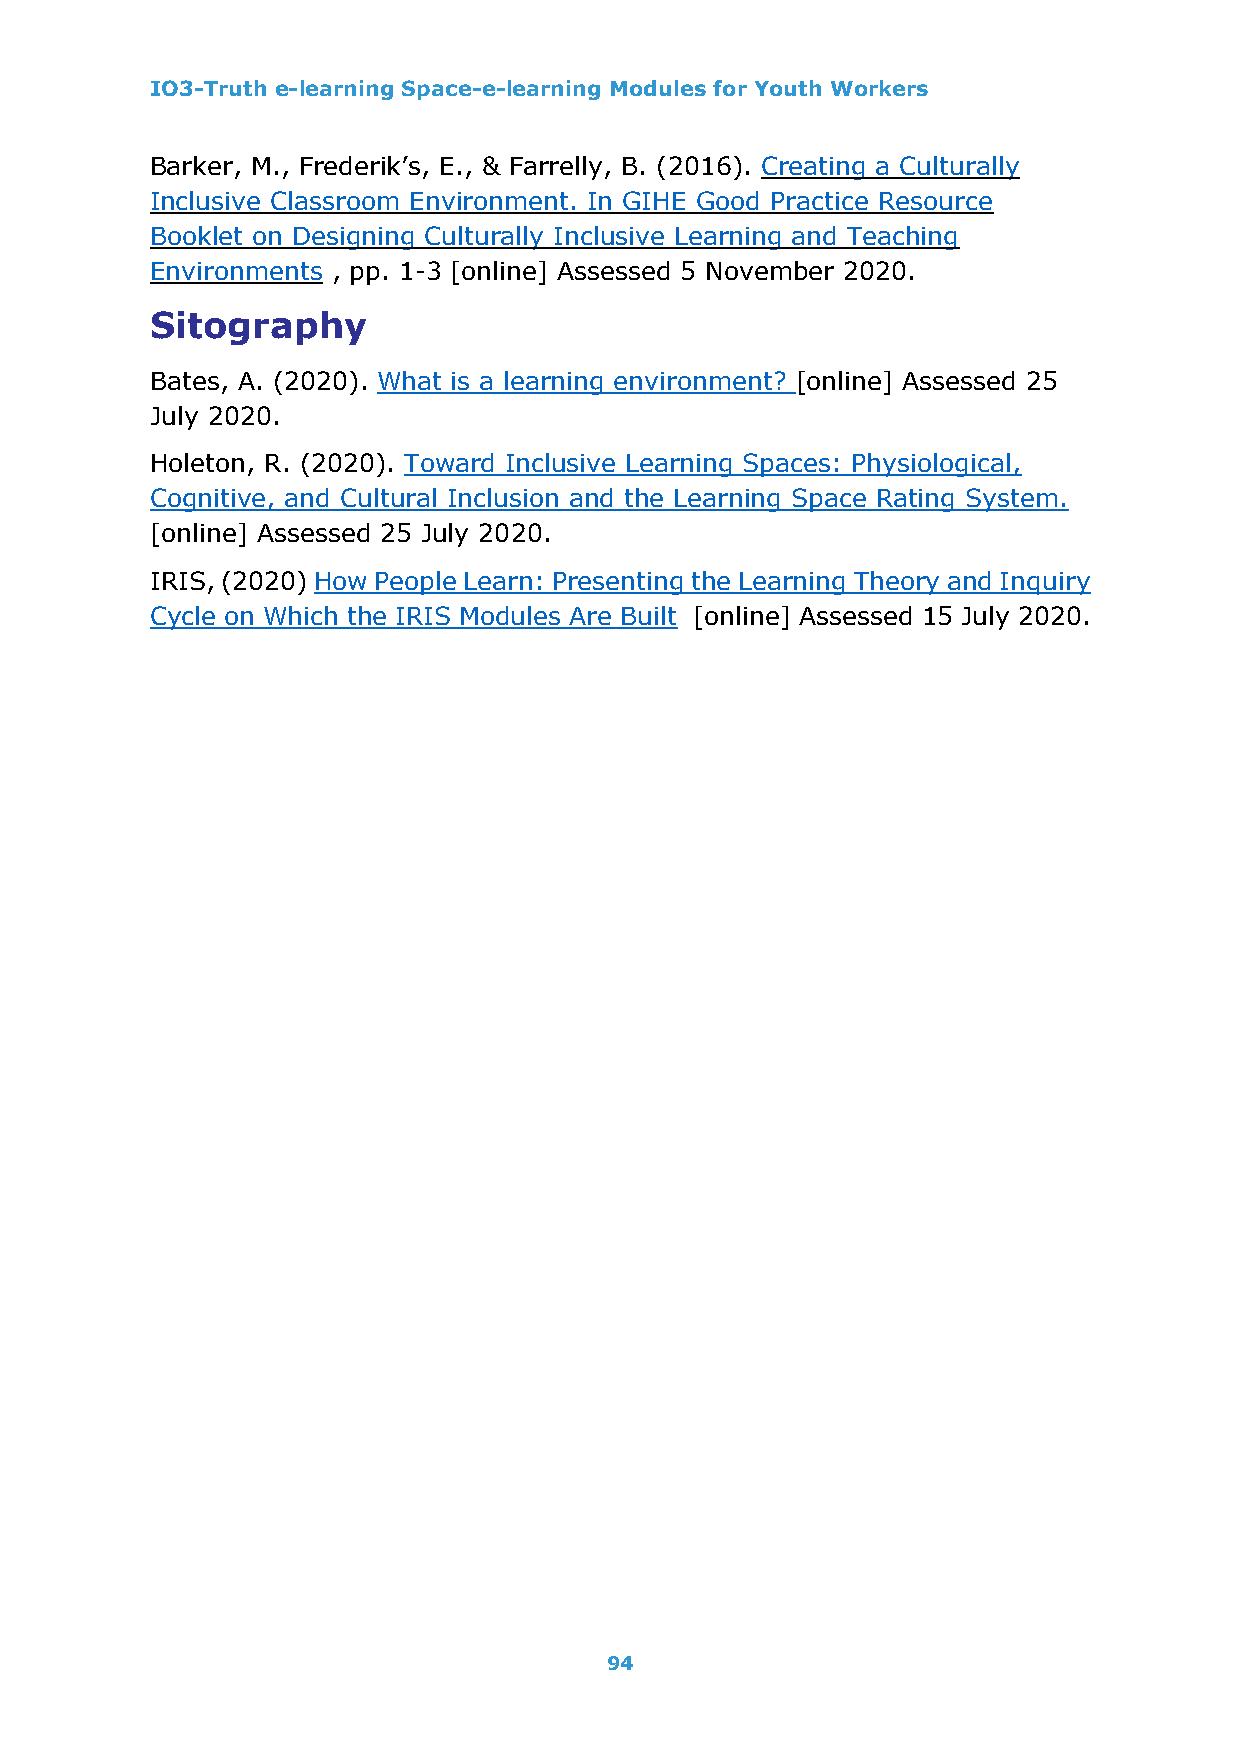
IO3-Truth e-learning Space-e-learning Modules for Youth Workers
 Barker, M., Frederik’s, E., & Farrelly, B. (2016). Creating a Culturally
 Inclusive Classroom Environment. In GIHE Good Practice Resource
 Booklet on Designing Culturally Inclusive Learning and Teaching
 Environments , pp. 1-3 [online] Assessed 5 November 2020.
 Sitography
 Bates, A. (2020). What is a learning environment? [online] Assessed 25
 July 2020.
 Holeton, R. (2020). Toward Inclusive Learning Spaces: Physiological,
 Cognitive, and Cultural Inclusion and the Learning Space Rating System.
 [online] Assessed 25 July 2020.
 IRIS, (2020) How People Learn: Presenting the Learning Theory and Inquiry
 Cycle on Which the IRIS Modules Are Built [online] Assessed 15 July 2020.
 94